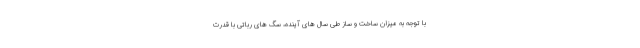
با توجه به میزان ساخت و ساز طی سال های آینده، سگ های رباتی با قدرت